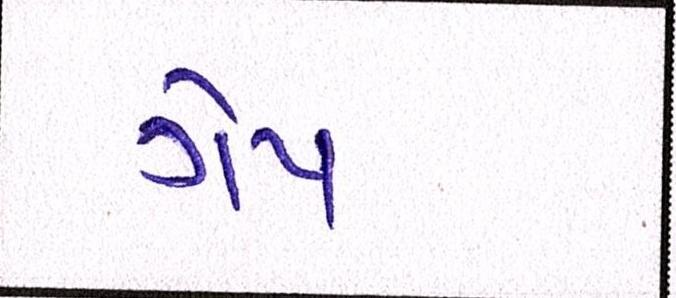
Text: ગેપ